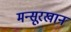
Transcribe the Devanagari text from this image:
मन्सूरखान